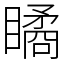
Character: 瞲